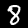
Digit: 8